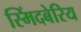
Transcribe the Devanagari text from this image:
स्मिंदबेरिय